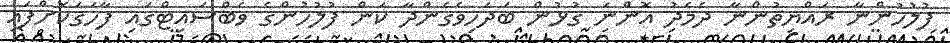
ފުލުހުންނާ ރައްޔިތުންނާ ދެމެދު އޮންނަ ގުޅުން ބަދަހިވެގެންދާ ކަން ފުލުހުންގެ ވެބްސައިޓްގައި ފާހަގަކޮށްފައި